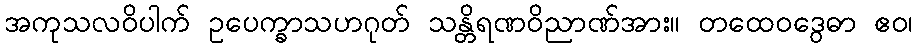
အကုသလဝိပါက် ဥပေက္ခာသဟဂုတ် သန္တိရဏဝိညာဏ်အား။ တထေဝဒွေဓာ ဧဝ၊